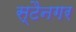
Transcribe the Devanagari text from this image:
स्टैनगर